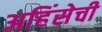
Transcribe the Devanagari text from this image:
अहिंसेची